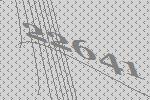
22641